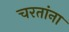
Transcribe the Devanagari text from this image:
चरतांना